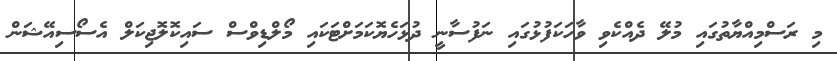
މި ރަސްމިއްޔާތުގައި މުލޭ ދެއްކެވި ވާހަކަފުޅުގައި ނަފުސާނީ ދުޅަހެޔޮކަމަށްޓަކައި މޯލްޑިވްސް ސައިކޮލޮޖިކަލް އެސޯސިއޭޝަން